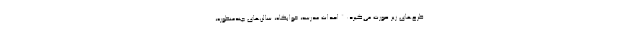
طرح‌های زیر صورت می‌گیرد: * احداث مدرسه، خوابگاه، سالن‌های چندمنظوره،